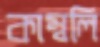
কাম্বলি